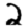
Digit: 2